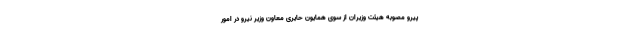
پیرو مصوبه هیئت وزیران از سوی همایون حایری معاون وزیر نیرو در امور